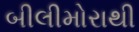
બીલીમોરાથી